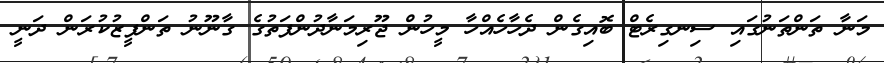
މަނާ ތަންތަނުގައި ސިނގިރެޓް ބޮއިގެން ދެހާހެއްހާ މީހުން ޖޫރިމަނާދުންފަތުގެ ގާނޫނު ތަންފީޒުކުރަން ދަނީ